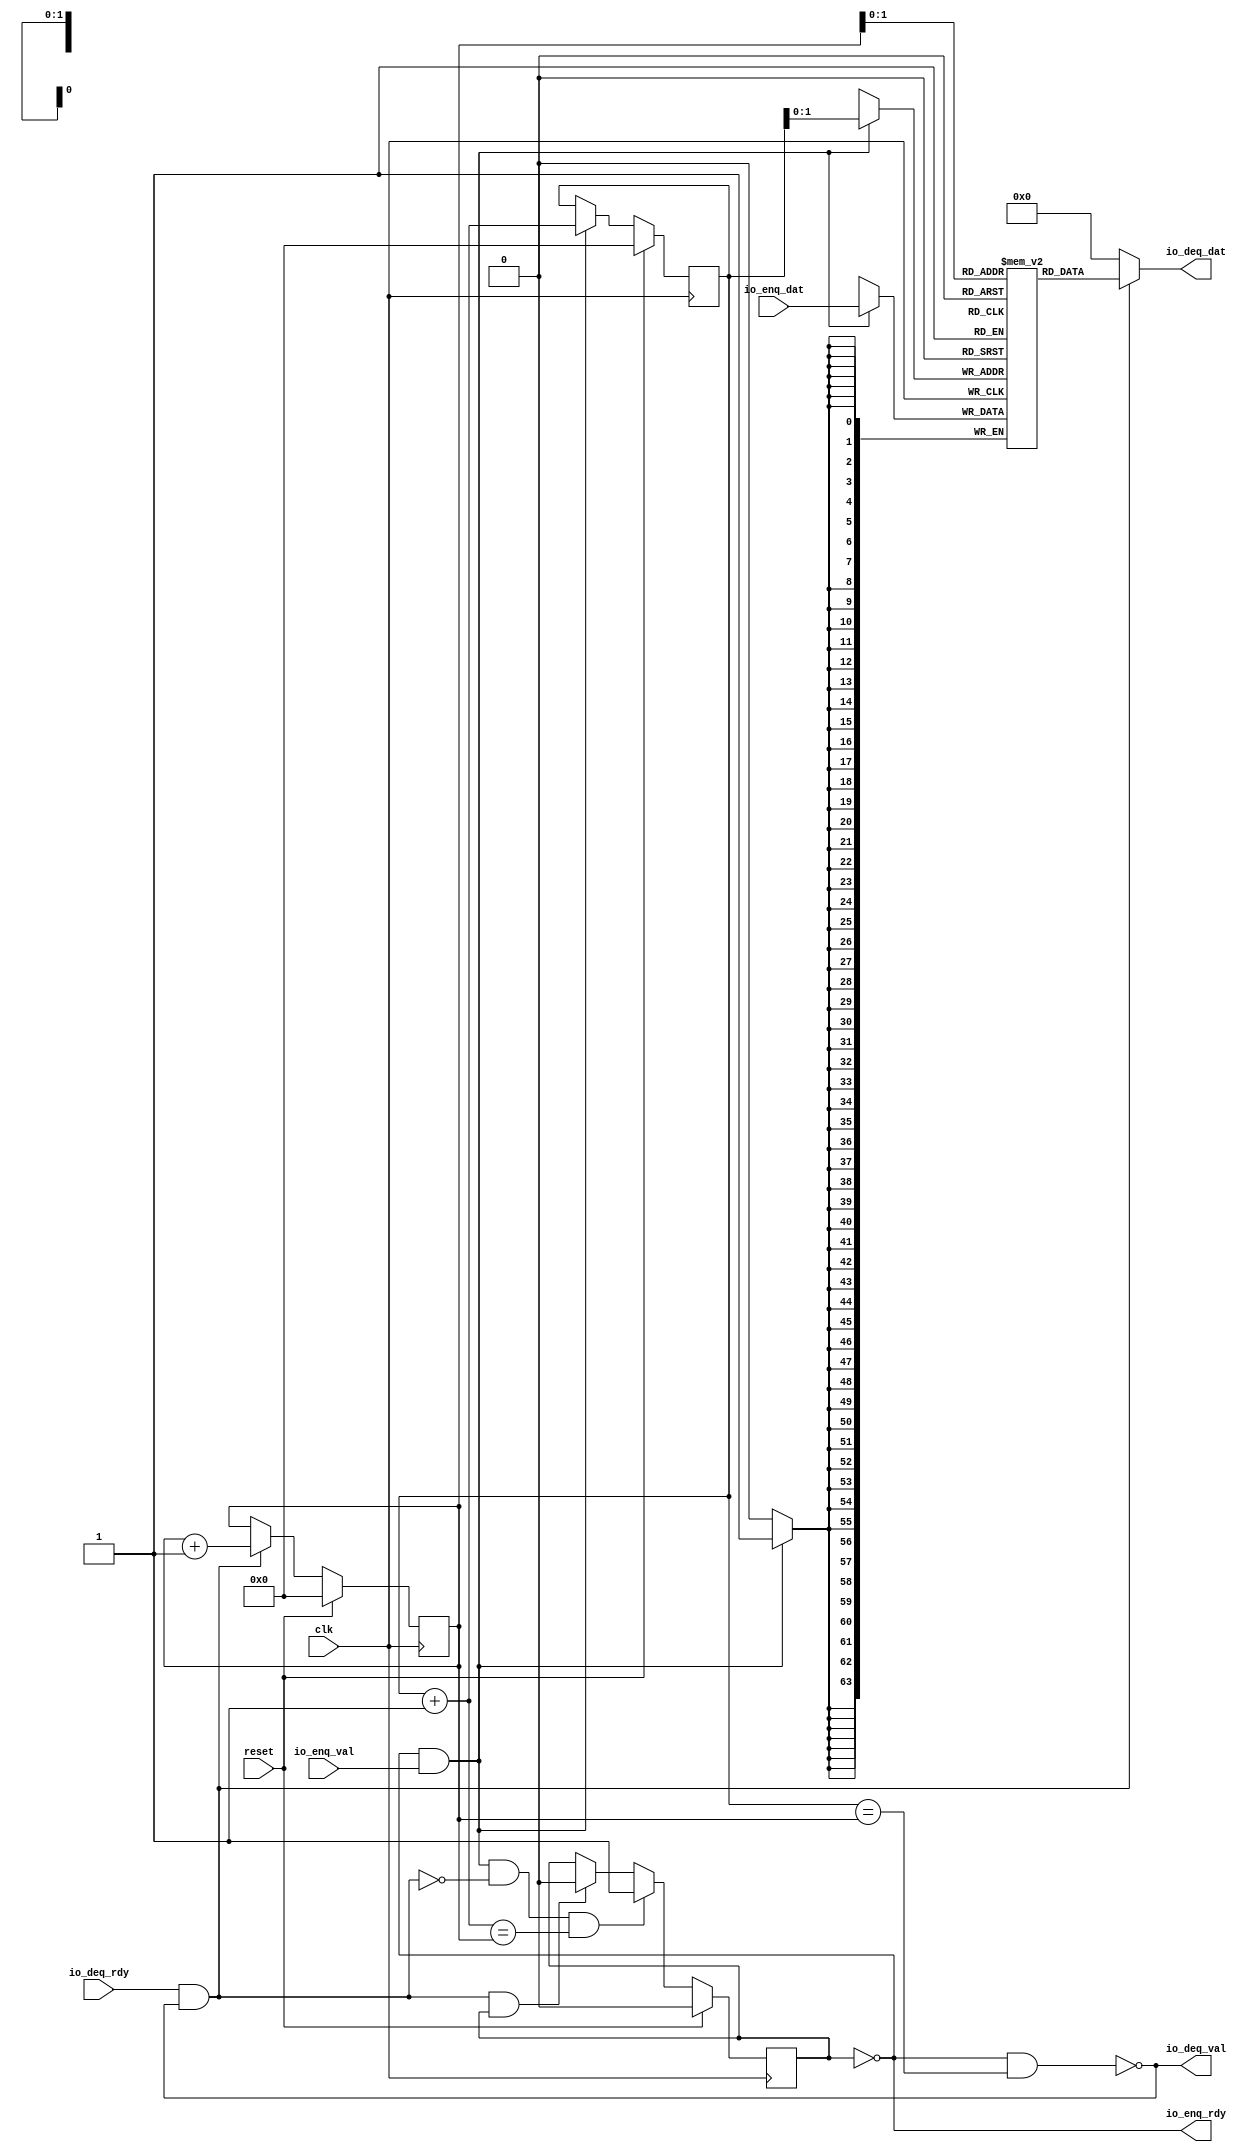
module Fifo_0(input clk, input reset,
    input  io_enq_val,
    output io_enq_rdy,
    output io_deq_val,
    input  io_deq_rdy,
    input [63:0] io_enq_dat,
    output[63:0] io_deq_dat
);

  wire[63:0] T0;
  wire[63:0] T1;
  reg [63:0] ram [3:0];
  wire[63:0] T2;
  wire[63:0] T3;
  wire do_enq;
  wire T4;
  reg[0:0] is_full;
  wire is_full_next;
  wire T5;
  wire T6;
  wire do_deq;
  wire T7;
  wire is_empty;
  wire T8;
  reg[3:0] deq_ptr;
  wire[3:0] T9;
  wire[3:0] deq_ptr_inc;
  reg[3:0] enq_ptr;
  wire[3:0] T10;
  wire[3:0] enq_ptr_inc;
  wire T11;
  wire T12;
  wire T13;
  wire T14;
  wire T15;
  wire[1:0] T16;
  wire[1:0] T17;
  wire T18;
  wire T19;

  assign io_deq_dat = T0;
  assign T0 = do_deq ? T1 : 64'h0;
  assign T1 = ram[T17];
  assign T3 = io_enq_dat;
  assign do_enq = T4 && io_enq_val;
  assign T4 = ! is_full;
  assign is_full_next = T12 ? 1'h1 : T5;
  assign T5 = T6 ? 1'h0 : is_full;
  assign T6 = do_deq && is_full;
  assign do_deq = io_deq_rdy && T7;
  assign T7 = ! is_empty;
  assign is_empty = T11 && T8;
  assign T8 = enq_ptr == deq_ptr;
  assign T9 = do_deq ? deq_ptr_inc : deq_ptr;
  assign deq_ptr_inc = deq_ptr + 4'h1;
  assign T10 = do_enq ? enq_ptr_inc : enq_ptr;
  assign enq_ptr_inc = enq_ptr + 4'h1;
  assign T11 = ! is_full;
  assign T12 = T14 && T13;
  assign T13 = enq_ptr_inc == deq_ptr;
  assign T14 = do_enq && T15;
  assign T15 = ~ do_deq;
  assign T16 = enq_ptr[1'h1:1'h0];
  assign T17 = deq_ptr[1'h1:1'h0];
  assign io_deq_val = T18;
  assign T18 = ! is_empty;
  assign io_enq_rdy = T19;
  assign T19 = ! is_full;

  always @(posedge clk) begin
    if (do_enq)
      ram[T16] <= T3;
    is_full <= reset ? 1'h0 : is_full_next;
    deq_ptr <= reset ? 4'h0 : T9;
    enq_ptr <= reset ? 4'h0 : T10;
  end
endmodule

module encode(
    input [63:0] io_rx_dat_int,
    output io_rx_rdy,
    input  io_rx_val,
    output[63:0] io_tx_dat,
    output io_tx_val
);


  assign io_tx_val = io_rx_val;
  assign io_tx_dat = io_rx_dat_int;
  assign io_rx_rdy = 1'h1;
endmodule

module decode(
    input [63:0] io_rx_dat,
    output io_rx_rdy,
    input  io_rx_val,
    output[55:0] io_tx_dat_int,
    output io_tx_val
);

  wire[55:0] T0;

  assign io_tx_val = io_rx_val;
  assign io_tx_dat_int = T0;
  assign T0 = io_rx_dat[6'h37:1'h0];
  assign io_rx_rdy = 1'h1;
endmodule

module Fifo_1(input clk, input reset,
    input  io_enq_val,
    output io_enq_rdy,
    output io_deq_val,
    input  io_deq_rdy,
    input [55:0] io_enq_dat_int,
    output[55:0] io_deq_dat_int
);

  wire[55:0] T0;
  wire[55:0] T1;
  wire[55:0] T2;
  wire[55:0] T3;
  reg [55:0] ram [3:0];
  wire[55:0] T4;
  wire[55:0] T5;
  wire do_enq;
  wire T6;
  reg[0:0] is_full;
  wire is_full_next;
  wire T7;
  wire T8;
  wire do_deq;
  wire T9;
  wire is_empty;
  wire T10;
  reg[3:0] deq_ptr;
  wire[3:0] T11;
  wire[3:0] deq_ptr_inc;
  reg[3:0] enq_ptr;
  wire[3:0] T12;
  wire[3:0] enq_ptr_inc;
  wire T13;
  wire T14;
  wire T15;
  wire T16;
  wire T17;
  wire[1:0] T18;
  wire[1:0] T19;
  wire T20;
  wire T21;

  assign io_deq_dat_int = T0;
  assign T0 = T1[6'h37:1'h0];
  assign T1 = do_deq ? T2 : 56'h0;
  assign T2 = T3[6'h37:1'h0];
  assign T3 = ram[T19];
  assign T5 = io_enq_dat_int;
  assign do_enq = T6 && io_enq_val;
  assign T6 = ! is_full;
  assign is_full_next = T14 ? 1'h1 : T7;
  assign T7 = T8 ? 1'h0 : is_full;
  assign T8 = do_deq && is_full;
  assign do_deq = io_deq_rdy && T9;
  assign T9 = ! is_empty;
  assign is_empty = T13 && T10;
  assign T10 = enq_ptr == deq_ptr;
  assign T11 = do_deq ? deq_ptr_inc : deq_ptr;
  assign deq_ptr_inc = deq_ptr + 4'h1;
  assign T12 = do_enq ? enq_ptr_inc : enq_ptr;
  assign enq_ptr_inc = enq_ptr + 4'h1;
  assign T13 = ! is_full;
  assign T14 = T16 && T15;
  assign T15 = enq_ptr_inc == deq_ptr;
  assign T16 = do_enq && T17;
  assign T17 = ~ do_deq;
  assign T18 = enq_ptr[1'h1:1'h0];
  assign T19 = deq_ptr[1'h1:1'h0];
  assign io_deq_val = T20;
  assign T20 = ! is_empty;
  assign io_enq_rdy = T21;
  assign T21 = ! is_full;

  always @(posedge clk) begin
    if (do_enq)
      ram[T18] <= T5;
    is_full <= reset ? 1'h0 : is_full_next;
    deq_ptr <= reset ? 4'h0 : T11;
    enq_ptr <= reset ? 4'h0 : T12;
  end
endmodule

module Fifo_2(input clk, input reset,
    input  io_enq_val,
    output io_enq_rdy,
    output io_deq_val,
    input  io_deq_rdy,
    input [63:0] io_enq_dat_int,
    output[63:0] io_deq_dat_int
);

  wire[63:0] T0;
  wire[63:0] T1;
  wire[63:0] T2;
  wire[63:0] T3;
  reg [63:0] ram [3:0];
  wire[63:0] T4;
  wire[63:0] T5;
  wire do_enq;
  wire T6;
  reg[0:0] is_full;
  wire is_full_next;
  wire T7;
  wire T8;
  wire do_deq;
  wire T9;
  wire is_empty;
  wire T10;
  reg[3:0] deq_ptr;
  wire[3:0] T11;
  wire[3:0] deq_ptr_inc;
  reg[3:0] enq_ptr;
  wire[3:0] T12;
  wire[3:0] enq_ptr_inc;
  wire T13;
  wire T14;
  wire T15;
  wire T16;
  wire T17;
  wire[1:0] T18;
  wire[1:0] T19;
  wire T20;
  wire T21;

  assign io_deq_dat_int = T0;
  assign T0 = T1[6'h3f:1'h0];
  assign T1 = do_deq ? T2 : 64'h0;
  assign T2 = T3[6'h3f:1'h0];
  assign T3 = ram[T19];
  assign T5 = io_enq_dat_int;
  assign do_enq = T6 && io_enq_val;
  assign T6 = ! is_full;
  assign is_full_next = T14 ? 1'h1 : T7;
  assign T7 = T8 ? 1'h0 : is_full;
  assign T8 = do_deq && is_full;
  assign do_deq = io_deq_rdy && T9;
  assign T9 = ! is_empty;
  assign is_empty = T13 && T10;
  assign T10 = enq_ptr == deq_ptr;
  assign T11 = do_deq ? deq_ptr_inc : deq_ptr;
  assign deq_ptr_inc = deq_ptr + 4'h1;
  assign T12 = do_enq ? enq_ptr_inc : enq_ptr;
  assign enq_ptr_inc = enq_ptr + 4'h1;
  assign T13 = ! is_full;
  assign T14 = T16 && T15;
  assign T15 = enq_ptr_inc == deq_ptr;
  assign T16 = do_enq && T17;
  assign T17 = ~ do_deq;
  assign T18 = enq_ptr[1'h1:1'h0];
  assign T19 = deq_ptr[1'h1:1'h0];
  assign io_deq_val = T20;
  assign T20 = ! is_empty;
  assign io_enq_rdy = T21;
  assign T21 = ! is_full;

  always @(posedge clk) begin
    if (do_enq)
      ram[T18] <= T5;
    is_full <= reset ? 1'h0 : is_full_next;
    deq_ptr <= reset ? 4'h0 : T11;
    enq_ptr <= reset ? 4'h0 : T12;
  end
endmodule

module Mapper(
    input [55:0] io_rx_dat_int,
    input  io_rx_val,
    output io_rx_rdy,
    output[63:0] io_tx_dat_int,
    output io_tx_val
);

  wire T0;
  wire T1;
  wire[63:0] T2;
  wire[60:0] T3;

  assign io_tx_val = T0;
  assign T0 = T1 ? 1'h0 : io_rx_val;
  assign T1 = ! io_rx_val;
  assign io_tx_dat_int = T2;
  assign T2 = {3'h0, T3};
  assign T3 = {5'h1, io_rx_dat_int};
  assign io_rx_rdy = 1'h1;
endmodule

module Controller(input clk, input reset,
    input [55:0] io_rx_dat_int,
    input  io_rx_val,
    output[63:0] io_tx_dat_int,
    output io_tx_val
);

  wire T0;
  wire T1;
  wire Fifo_0_io_deq_val;
  wire Mapper_io_rx_rdy;
  wire T2;
  wire[55:0] Fifo_0_io_deq_dat_int;
  wire[63:0] Mapper_io_tx_dat_int;
  wire T3;
  wire Fifo_1_io_deq_val;
  wire T4;
  wire T5;
  wire T6;
  wire Fifo_1_io_enq_rdy;
  wire Mapper_io_tx_val;
  wire T7;
  wire T8;
  wire T9;
  wire T10;
  wire Fifo_0_io_enq_rdy;
  wire T11;
  wire T12;
  reg[0:0] inCounter;
  wire T13;
  wire T14;
  wire T15;
  wire T16;
  wire[63:0] T17;
  wire[63:0] Fifo_1_io_deq_dat_int;

  assign T0 = T2 ? 1'h0 : T1;
  assign T1 = Mapper_io_rx_rdy && Fifo_0_io_deq_val;
  assign T2 = ! T1;
  assign T3 = T4 ? 1'h0 : Fifo_1_io_deq_val;
  assign T4 = ! Fifo_1_io_deq_val;
  assign T5 = T7 ? 1'h0 : T6;
  assign T6 = Mapper_io_tx_val && Fifo_1_io_enq_rdy;
  assign T7 = ! T6;
  assign T8 = T2 ? 1'h0 : T1;
  assign T9 = T16 ? 1'h0 : T10;
  assign T10 = T11 && Fifo_0_io_enq_rdy;
  assign T11 = T12 && io_rx_val;
  assign T12 = 1'h0 == inCounter;
  assign T13 = T15 ? 1'h0 : T14;
  assign T14 = inCounter + 1'h1;
  assign T15 = inCounter == 1'h0;
  assign T16 = ! T10;
  assign io_tx_val = Fifo_1_io_deq_val;
  assign io_tx_dat_int = T17;
  assign T17 = Fifo_1_io_deq_val ? Fifo_1_io_deq_dat_int : 64'h0;
  Fifo_1 Fifo_0(.clk(clk), .reset(reset),
       .io_enq_val( T9 ),
       .io_enq_rdy( Fifo_0_io_enq_rdy ),
       .io_deq_val( Fifo_0_io_deq_val ),
       .io_deq_rdy( T8 ),
       .io_enq_dat_int( io_rx_dat_int ),
       .io_deq_dat_int( Fifo_0_io_deq_dat_int )
  );
  Fifo_2 Fifo_1(.clk(clk), .reset(reset),
       .io_enq_val( T5 ),
       .io_enq_rdy( Fifo_1_io_enq_rdy ),
       .io_deq_val( Fifo_1_io_deq_val ),
       .io_deq_rdy( T3 ),
       .io_enq_dat_int( Mapper_io_tx_dat_int ),
       .io_deq_dat_int( Fifo_1_io_deq_dat_int )
  );
  Mapper Mapper(
       .io_rx_dat_int( Fifo_0_io_deq_dat_int ),
       .io_rx_val( T0 ),
       .io_rx_rdy( Mapper_io_rx_rdy ),
       .io_tx_dat_int( Mapper_io_tx_dat_int ),
       .io_tx_val( Mapper_io_tx_val )
  );

  always @(posedge clk) begin
    if(reset) begin
      inCounter <= 1'h0;
    end else if(T10) begin
      inCounter <= T13;
    end
  end
endmodule

module MrSimSimulation(input clk, input reset,
    input [63:0] io_enq_dat,
    input  io_enq_val,
    output io_enq_rdy,
    output[63:0] io_deq_dat,
    output io_deq_val,
    input  io_deq_rdy
);

  wire decode_io_tx_val;
  wire[55:0] decode_io_tx_dat_int;
  wire T0;
  wire decode_io_rx_rdy;
  wire Fifo_0_io_deq_val;
  wire[63:0] Fifo_0_io_deq_dat;
  wire Controller_io_tx_val;
  wire[63:0] Controller_io_tx_dat_int;
  wire[63:0] encode_io_tx_dat;
  wire encode_io_tx_val;
  wire T1;
  wire Fifo_1_io_deq_val;
  wire[63:0] Fifo_1_io_deq_dat;
  wire Fifo_0_io_enq_rdy;

  assign T0 = Fifo_0_io_deq_val && decode_io_rx_rdy;
  assign T1 = decode_io_rx_rdy && Fifo_0_io_deq_val;
  assign io_deq_val = Fifo_1_io_deq_val;
  assign io_deq_dat = Fifo_1_io_deq_dat;
  assign io_enq_rdy = Fifo_0_io_enq_rdy;
  Fifo_0 Fifo_0(.clk(clk), .reset(reset),
       .io_enq_val( io_enq_val ),
       .io_enq_rdy( Fifo_0_io_enq_rdy ),
       .io_deq_val( Fifo_0_io_deq_val ),
       .io_deq_rdy( T1 ),
       .io_enq_dat( io_enq_dat ),
       .io_deq_dat( Fifo_0_io_deq_dat )
  );
  Fifo_0 Fifo_1(.clk(clk), .reset(reset),
       .io_enq_val( encode_io_tx_val ),
       //.io_enq_rdy(  )
       .io_deq_val( Fifo_1_io_deq_val ),
       .io_deq_rdy( io_deq_rdy ),
       .io_enq_dat( encode_io_tx_dat ),
       .io_deq_dat( Fifo_1_io_deq_dat )
  );
  encode encode(
       .io_rx_dat_int( Controller_io_tx_dat_int ),
       //.io_rx_rdy(  )
       .io_rx_val( Controller_io_tx_val ),
       .io_tx_dat( encode_io_tx_dat ),
       .io_tx_val( encode_io_tx_val )
  );
  decode decode(
       .io_rx_dat( Fifo_0_io_deq_dat ),
       .io_rx_rdy( decode_io_rx_rdy ),
       .io_rx_val( T0 ),
       .io_tx_dat_int( decode_io_tx_dat_int ),
       .io_tx_val( decode_io_tx_val )
  );
  Controller Controller(.clk(clk), .reset(reset),
       .io_rx_dat_int( decode_io_tx_dat_int ),
       .io_rx_val( decode_io_tx_val ),
       .io_tx_dat_int( Controller_io_tx_dat_int ),
       .io_tx_val( Controller_io_tx_val )
  );
endmodule